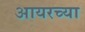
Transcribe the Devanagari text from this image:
आयरच्या